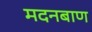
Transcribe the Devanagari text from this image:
मदनबाण